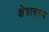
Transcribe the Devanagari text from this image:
क्षेत्रावरुन